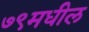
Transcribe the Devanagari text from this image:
७९मधील